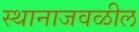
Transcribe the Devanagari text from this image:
स्थानाजवळील